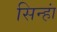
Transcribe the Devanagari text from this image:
सिन्हां